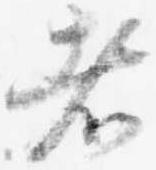
者